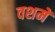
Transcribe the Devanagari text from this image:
वशमें